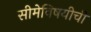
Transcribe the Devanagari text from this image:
सीमेविषयीची